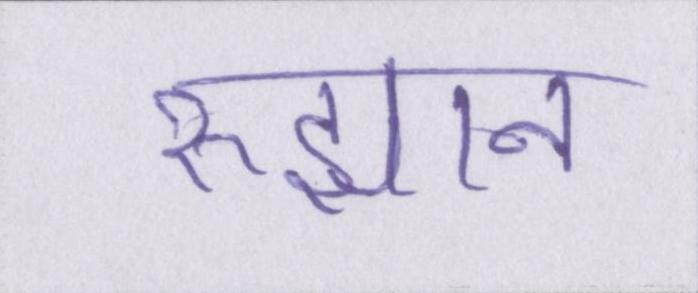
रुझान